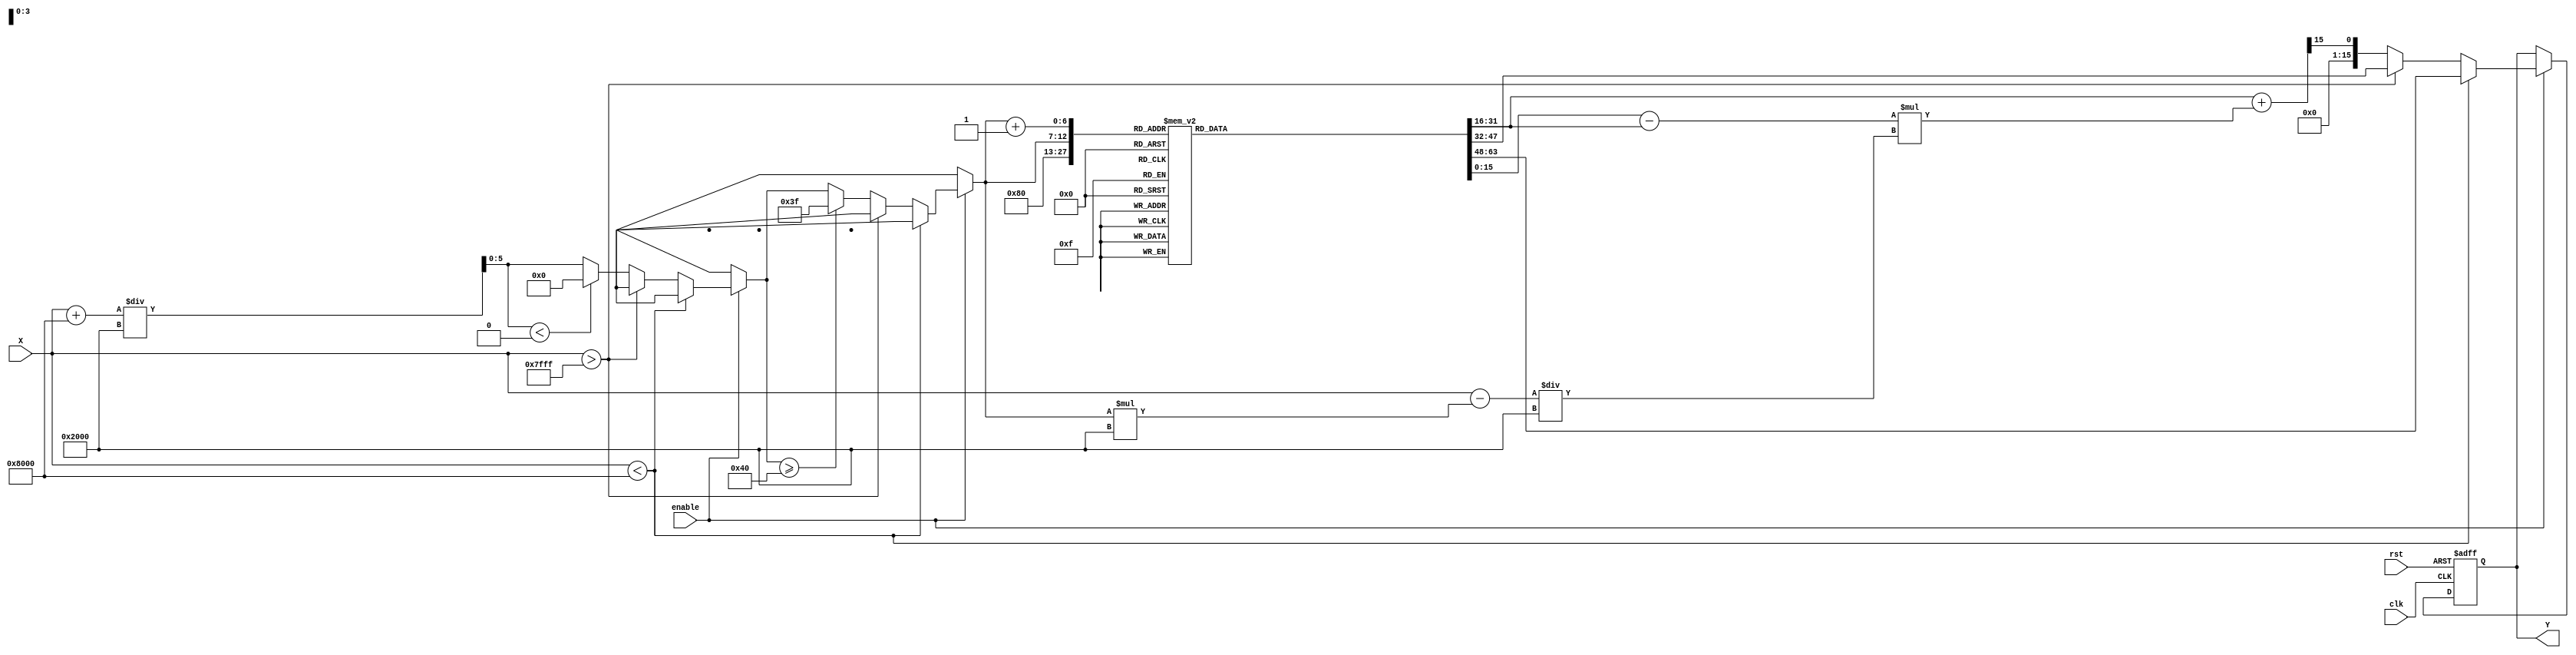
module asin_arithmetic_block (
    input wire clk,
    input wire rst,
    input wire enable,
    input wire signed [15:0] X, // Input signal in [-1, 1]
    output reg signed [15:0] Y  // Output signal in radians
);

// LUT for asin values (limited precision for demonstration)
reg signed [15:0] lut [0:64]; // LUT for asin values, 65 entries for [-1, 1]
initial begin
    // Precomputed asin values in fixed-point format (for example)
    lut[0] = -16'h8000; // asin(-1) = -/2
    lut[1] = -16'h4000; // asin(-0.5) = -/6
    lut[2] = 0;         // asin(0) = 0
    lut[3] = 16'h4000;  // asin(0.5) = /6
    lut[4] = 16'h8000;  // asin(1) = /2
    // Fill the rest of the LUT with appropriate values...
end

// Parameters
parameter LUT_SIZE = 64;
parameter LUT_STEP = 16'h2000; // step size for LUT (1/32 in fixed-point)

// Interpolation
reg signed [15:0] Y0, Y1;
reg [5:0] index;
reg signed [15:0] frac;

always @(posedge clk or posedge rst) begin
    if (rst) begin
        Y <= 0;
    end else if (enable) begin
        // Range check and clamp
        if (X < -16'h8000) begin
            Y <= lut[0]; // Clamped to -1
        end else if (X > 16'h7FFF) begin
            Y <= lut[LUT_SIZE]; // Clamped to 1
        end else begin
            // Find the index for the LUT
            index = (X + 16'h8000) / LUT_STEP; // Scale X to index range
            if (index < 0) index = 0;
            if (index >= LUT_SIZE) index = LUT_SIZE - 1;

            // Get the two nearest LUT values
            Y0 = lut[index];
            Y1 = lut[index + 1];

            // Calculate the fractional part for interpolation
            frac = (X - (index * LUT_STEP)) / LUT_STEP;

            // Linear interpolation
            Y <= Y0 + ((Y1 - Y0) * frac) >> 15; // Assuming frac is scaled to 15 bits
        end
    end
end

endmodule